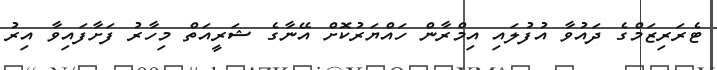
ޓެރަރިޒަމްގެ ދައުވާ އުފުލައި އިމްރާން ހައްޔަރުކޮށް އޭނާގެ ޝަރީއަތް މިހާރު ފަށާފައިވާ އިރު